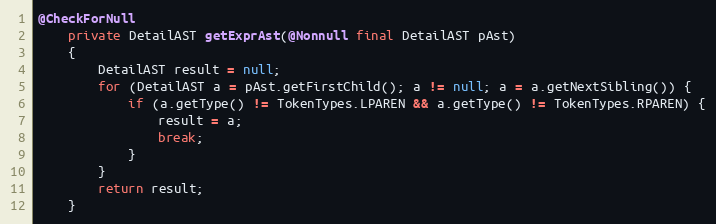
Language: Java
@CheckForNull
    private DetailAST getExprAst(@Nonnull final DetailAST pAst)
    {
        DetailAST result = null;
        for (DetailAST a = pAst.getFirstChild(); a != null; a = a.getNextSibling()) {
            if (a.getType() != TokenTypes.LPAREN && a.getType() != TokenTypes.RPAREN) {
                result = a;
                break;
            }
        }
        return result;
    }